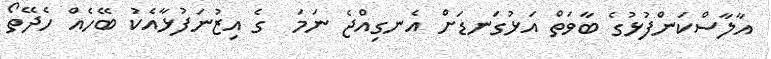
އާލާސްކަންފުޅުގެ ބާވަތް އަޅުގަނޑަށް އެނގިއްޖެ ނަމަ  ގެ އިޒުނަފުޅާއެކު ބޭހެއް ހެދޭތޯ